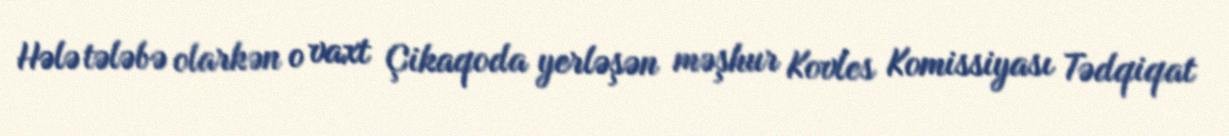
Hələ tələbə olarkən o vaxt Çikaqoda yerləşən məşhur Kovles Komissiyası Tədqiqat